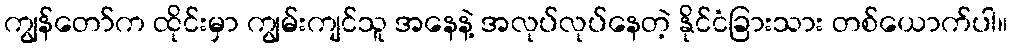
ကျွန်တော်က ထိုင်းမှာ ကျွမ်းကျင်သူ အနေနဲ့ အလုပ်လုပ်နေတဲ့ နိုင်ငံခြားသား တစ်ယောက်ပါ။